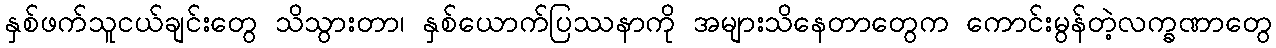
နှစ်ဖက်သူငယ်ချင်းတွေ သိသွားတာ၊ နှစ်ယောက်ပြဿနာကို အများသိနေတာတွေက ကောင်းမွန်တဲ့လက္ခဏာတွေ